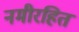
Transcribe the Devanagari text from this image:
नमीरहित